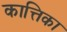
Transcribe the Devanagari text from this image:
कात्तिका